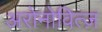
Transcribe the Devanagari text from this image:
अरोनोवित्ज़